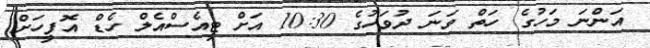
އަންނަ މަހުގެ ހަތް ވަނަ ދުވަހުގެ 10:30 އަށް ޓީއެސްއެލް ހެޑް އޮފީހަށް